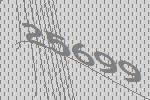
25699